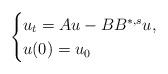
LaTeX: \begin{align*}\begin{cases} u_t=Au-BB^{*,s}u,\\ u(0)=u_0\end{cases}\end{align*}